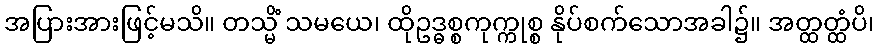
အပြားအားဖြင့်မသိ။ တသ္မိံ သမယေ၊ ထိုဥဒ္ဓစ္စကုက္ကုစ္စ နိုပ်စက်သောအခါ၌။ အတ္ထတ္ထံပိ၊